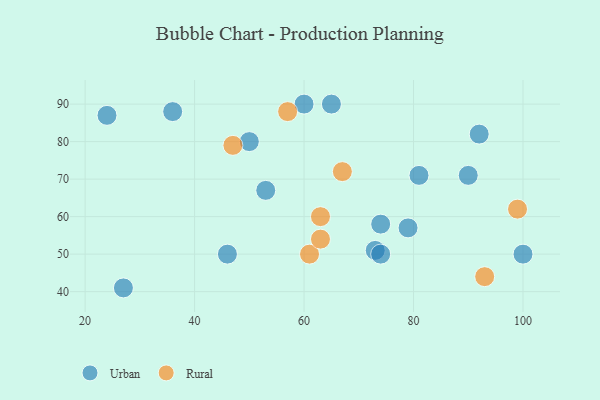
{"axis": {"x": "GDP", "y": "Life Expectancy"}, "legend": ["Rural", "Urban"], "data": [{"x": "65", "y": 90, "type": "Urban"}, {"x": "74", "y": 58, "type": "Urban"}, {"x": "27", "y": 41, "type": "Urban"}, {"x": "79", "y": 57, "type": "Urban"}, {"x": "24", "y": 87, "type": "Urban"}, {"x": "53", "y": 67, "type": "Urban"}, {"x": "46", "y": 50, "type": "Urban"}, {"x": "73", "y": 51, "type": "Urban"}, {"x": "74", "y": 50, "type": "Urban"}, {"x": "92", "y": 82, "type": "Urban"}, {"x": "36", "y": 88, "type": "Urban"}, {"x": "100", "y": 50, "type": "Urban"}, {"x": "50", "y": 80, "type": "Urban"}, {"x": "60", "y": 90, "type": "Urban"}, {"x": "90", "y": 71, "type": "Urban"}, {"x": "81", "y": 71, "type": "Urban"}, {"x": "63", "y": 60, "type": "Rural"}, {"x": "67", "y": 72, "type": "Rural"}, {"x": "99", "y": 62, "type": "Rural"}, {"x": "57", "y": 88, "type": "Rural"}, {"x": "61", "y": 50, "type": "Rural"}, {"x": "63", "y": 54, "type": "Rural"}, {"x": "93", "y": 44, "type": "Rural"}, {"x": "47", "y": 79, "type": "Rural"}]}